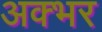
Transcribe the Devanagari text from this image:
अक्भर